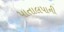
પાતાલપાની